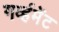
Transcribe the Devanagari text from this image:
गर्व्हमेंट